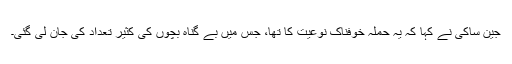
جین ساکی نے کہا کہ یہ حملہ خوفناک نوعیت کا تھا، جس میں بے گناہ بچوں کی کثیر تعداد کی جان لی گئی۔